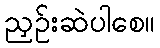
ညှဉ်းဆဲပါစေ။